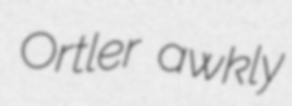
Ortler awkly